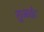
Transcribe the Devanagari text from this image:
तुजके